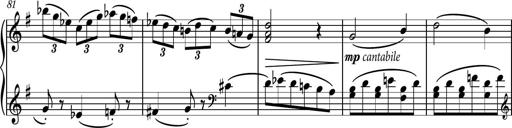
Title: Piano Sonatina No.7
Composer: Dimitri Sykias
Key: G major